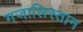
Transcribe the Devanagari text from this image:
गजालिस्तान